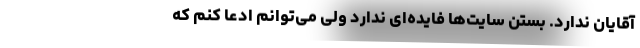
آقایان ندارد. بستن سایت‌ها فایده‌ای ندارد ولی می‌توانم ادعا کنم که